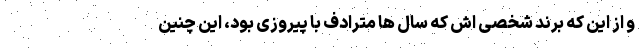
و از این که برند شخصی اش که سال ها مترادف با پیروزی بود، این چنین